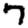
Digit: 7